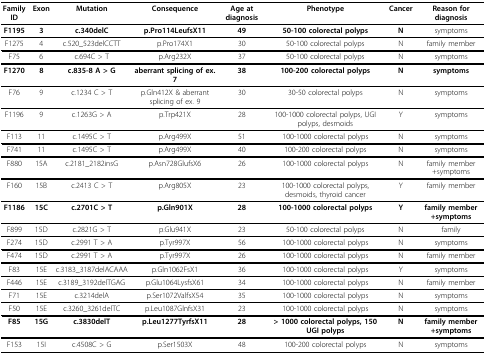
<table><thead><tr><td><b>Family ID</b></td><td><b>Exon</b></td><td><b>Mutation</b></td><td><b>Consequence</b></td><td><b>Age at diagnosis</b></td><td><b>Phenotype</b></td><td><b>Cancer</b></td><td><b>Reason for diagnosis</b></td></tr></thead><tbody><tr><td><b>F1195</b></td><td><b>3</b></td><td><b>c.340delC</b></td><td><b>p.Pro114LeufsX11</b></td><td><b>49</b></td><td><b>50-100 colorectal polyps</b></td><td><b>N</b></td><td>symptoms</td></tr><tr><td>F1275</td><td>4</td><td>c.520_523delCCTT</td><td>p.Pro174X1</td><td>30</td><td>50-100 colorectal polyps</td><td>N</td><td>family member</td></tr><tr><td>F75</td><td>6</td><td>c.694C &gt; T</td><td>p.Arg232X</td><td>37</td><td>50-100 colorectal polyps</td><td>N</td><td>symptoms</td></tr><tr><td><b>F1270</b></td><td><b>8</b></td><td><b>c.835-8 A &gt; G</b></td><td><b>aberrant splicing of ex. 7</b></td><td><b>38</b></td><td><b>100-200 colorectal polyps</b></td><td><b>N</b></td><td><b>symptoms</b></td></tr><tr><td>F76</td><td>9</td><td>c.1234 C &gt; T</td><td>p.Gln412X &amp; aberrant splicing of ex. 9</td><td>30</td><td>30-50 colorectal polyps</td><td>N</td><td>symptoms</td></tr><tr><td>F1196</td><td>9</td><td>c.1263G &gt; A</td><td>p.Trp421X</td><td>28</td><td>100-1000 colorectal polyps, UGI polyps, desmoids</td><td>Y</td><td>symptoms</td></tr><tr><td>F113</td><td>11</td><td>c.1495C &gt; T</td><td>p.Arg499X</td><td>51</td><td>100-1000 colorectal polyps</td><td>N</td><td>symptoms</td></tr><tr><td>F741</td><td>11</td><td>c.1495C &gt; T</td><td>p.Arg499X</td><td>40</td><td>100-200 colorectal polyps</td><td>N</td><td>symptoms</td></tr><tr><td>F880</td><td>15A</td><td>c.2181_2182insG</td><td>p.Asn728GlufsX6</td><td>26</td><td>100-1000 colorectal polyps</td><td>N</td><td>family member +symptoms</td></tr><tr><td>F160</td><td>15B</td><td>c.2413 C &gt; T</td><td>p.Arg805X</td><td>23</td><td>100-1000 colorectal polyps, desmoids, thyroid cancer</td><td>Y</td><td>family member</td></tr><tr><td><b>F1186</b></td><td><b>15C</b></td><td><b>c.2701C &gt; T</b></td><td><b>p.Gln901X</b></td><td><b>28</b></td><td><b>100-1000 colorectal polyps</b></td><td><b>Y</b></td><td><b>family member +symptoms</b></td></tr><tr><td>F899</td><td>15D</td><td>c.2821G &gt; T</td><td>p.Glu941X</td><td>23</td><td>50-100 colorectal polyps</td><td>N</td><td>family</td></tr><tr><td>F274</td><td>15D</td><td>c.2991 T &gt; A</td><td>p.Tyr997X</td><td>56</td><td>100-1000 colorectal polyps</td><td>N</td><td>symptoms</td></tr><tr><td>F474</td><td>15D</td><td>c.2991 T &gt; A</td><td>p.Tyr997X</td><td>26</td><td>100-1000 colorectal polyps</td><td>N</td><td>family member</td></tr><tr><td>F83</td><td>15E</td><td>c.3183_3187delACAAA</td><td>p.Gln1062FsX1</td><td>36</td><td>100-1000 colorectal polyps</td><td>Y</td><td>symptoms</td></tr><tr><td>F446</td><td>15E</td><td>c.3189_3192delTGAG</td><td>p.Glu1064LysfsX61</td><td>34</td><td>100-1000 colorectal polyps</td><td>N</td><td>family member</td></tr><tr><td>F71</td><td>15E</td><td>c.3214delA</td><td>p.Ser1072ValfsX54</td><td>35</td><td>100-1000 colorectal polyps</td><td>N</td><td>symptoms</td></tr><tr><td>F50</td><td>15E</td><td>c.3260_3261delTC</td><td>p.Leu1087GlnfsX31</td><td>23</td><td>100-1000 colorectal polyps</td><td>N</td><td>symptoms</td></tr><tr><td><b>F85</b></td><td><b>15G</b></td><td><b>c.3830delT</b></td><td><b>p.Leu1277TyrfsX11</b></td><td><b>28</b></td><td><b>&gt; 1000 colorectal polyps, 150 UGI polyps</b></td><td><b>N</b></td><td><b>family member +symptoms</b></td></tr><tr><td>F153</td><td>15I</td><td>c.4508C &gt; G</td><td>p.Ser1503X</td><td>48</td><td>100-200 colorectal polyps</td><td>N</td><td>symptoms</td></tr></tbody></table>